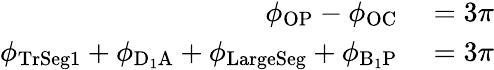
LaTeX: \begin{array}{rl}{\phi_{\mathrm{OP}}-\phi_{\mathrm{OC}}}&{{}=3\pi}\\ {\phi_{\mathrm{TrSeg1}}+\phi_{\mathrm{D_{1}A}}+\phi_{\mathrm{LargeSeg}}+\phi_{\mathrm{B_{1}P}}}&{{}=3\pi}\end{array}